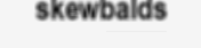
skewbalds